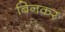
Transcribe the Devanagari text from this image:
बिनकर